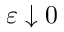
\varepsilon \downarrow 0